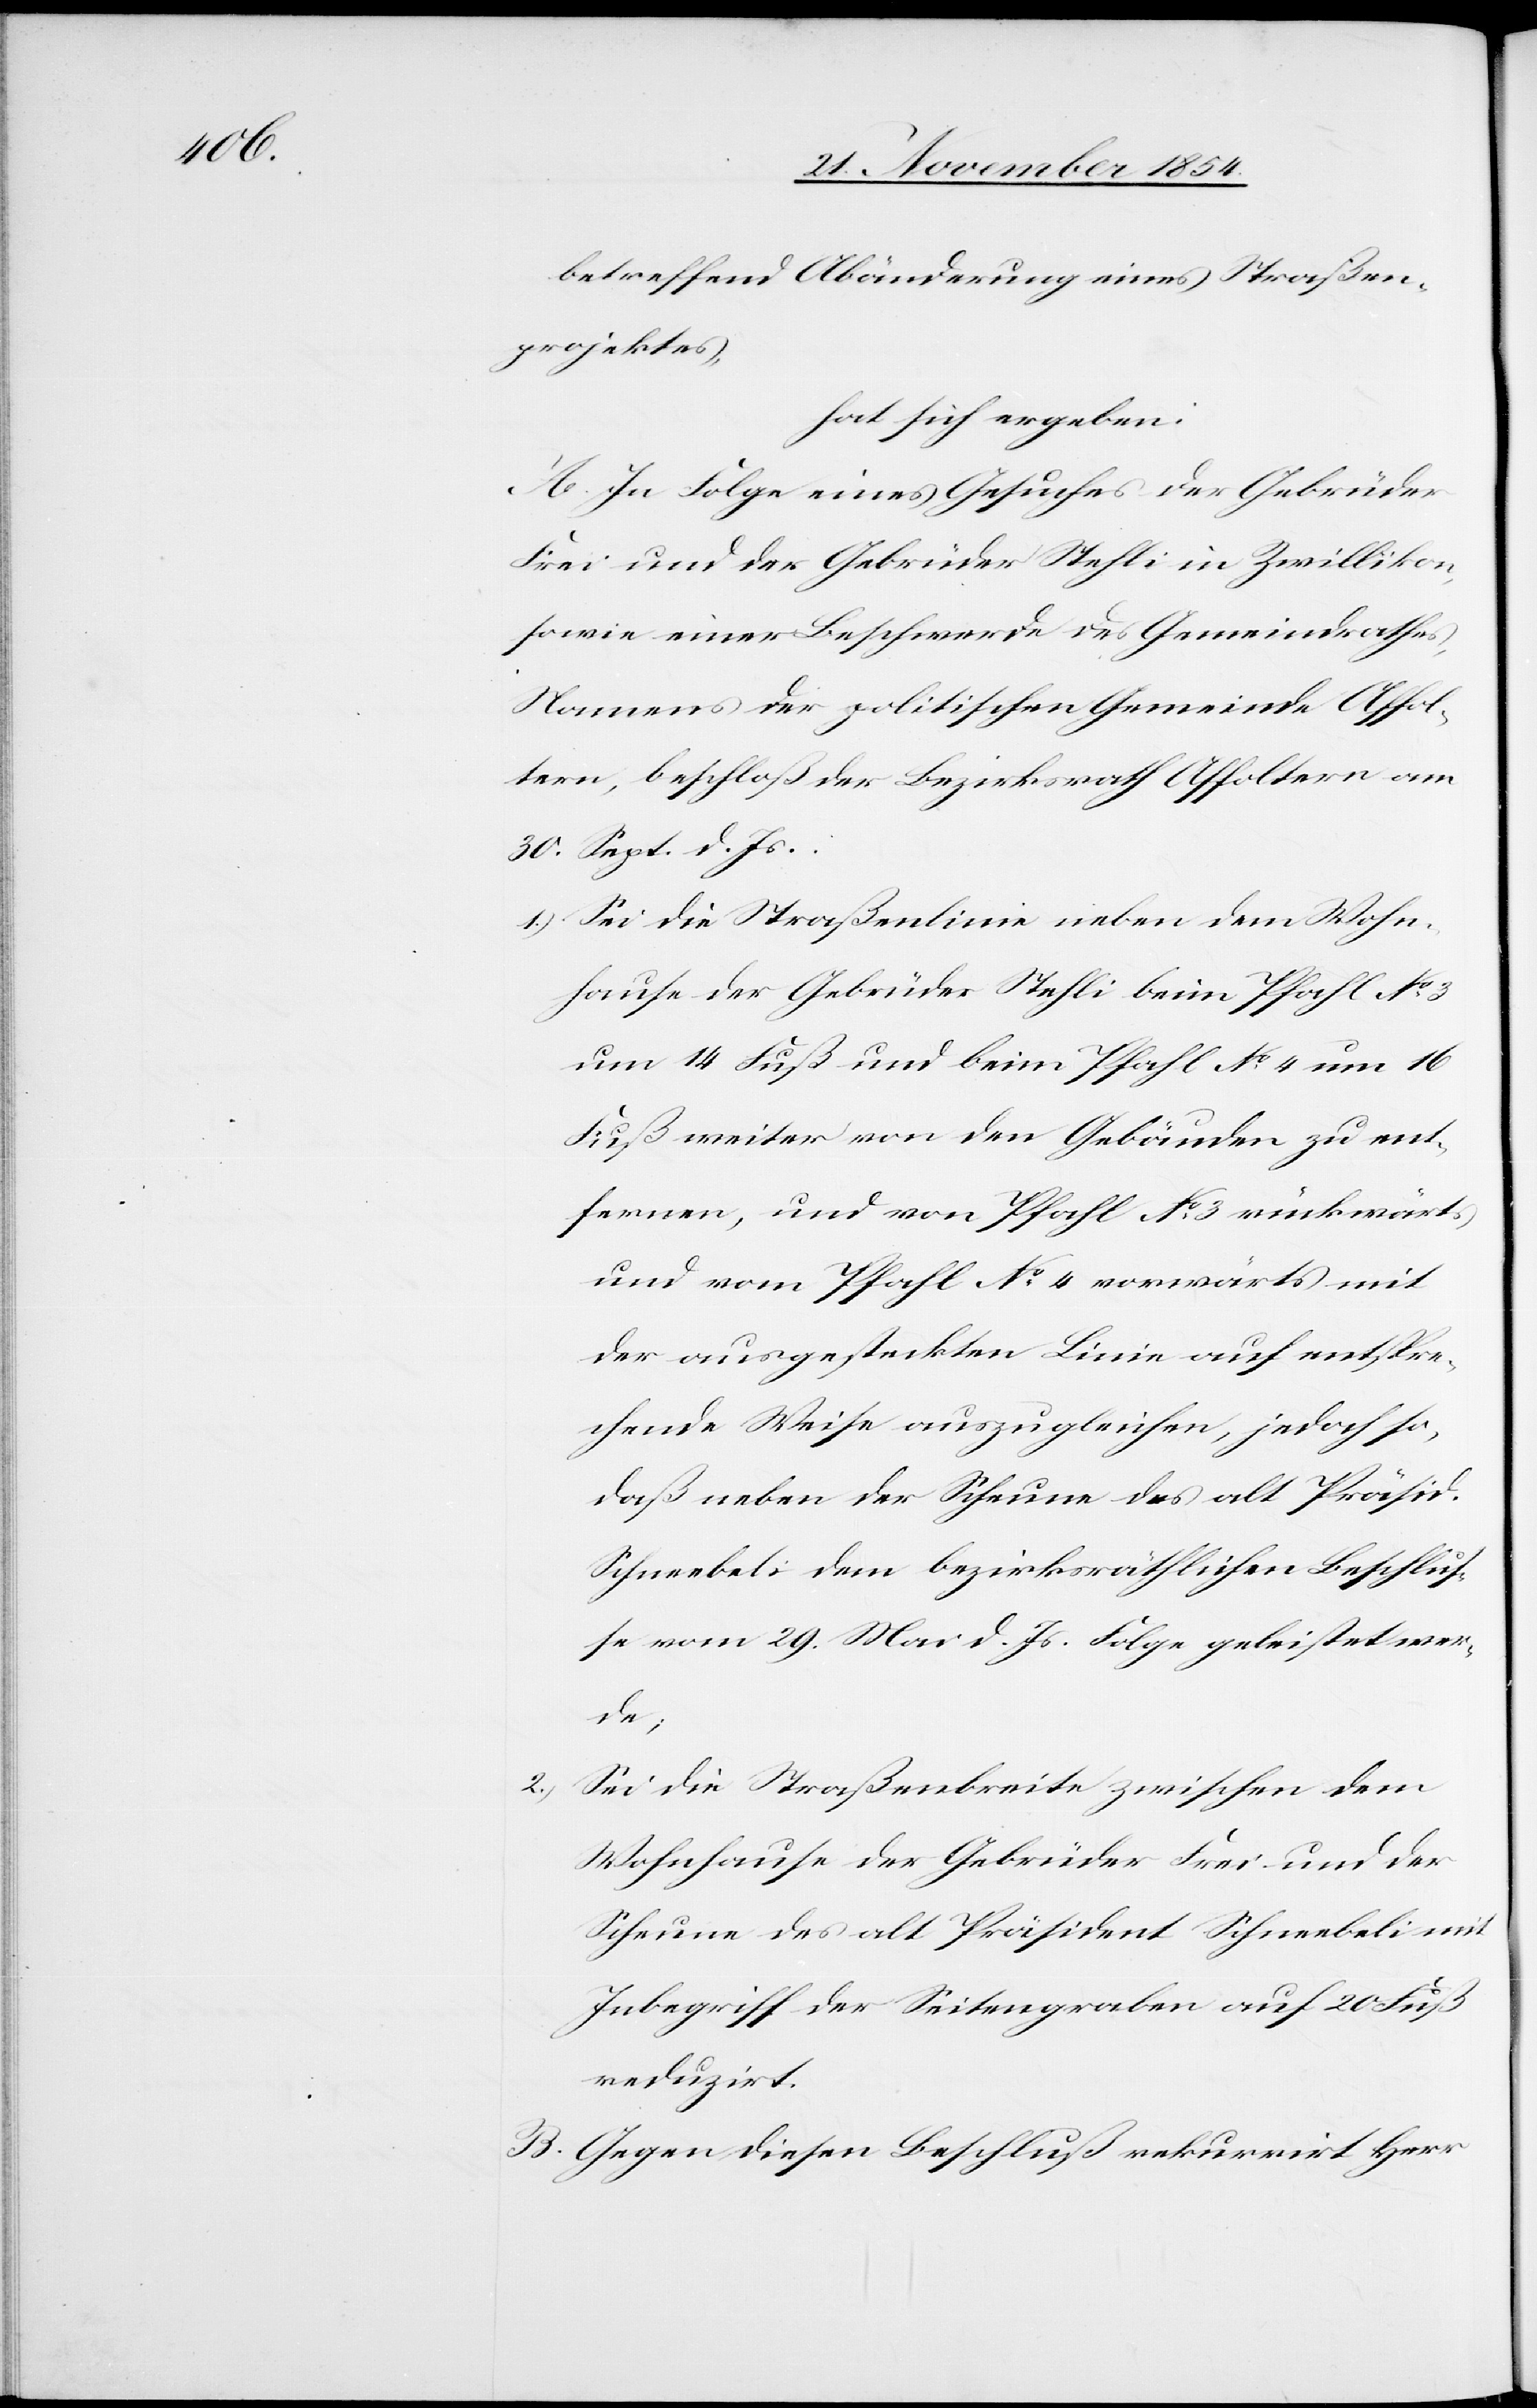
betreffend Abänderung eines Straßen¬
projektes,
hat sich ergeben:
A. In Folge eines Gesuches der Gebrüder
Frei und der Gebrüder Stehli in Zwillikon,
sowie einer Beschwerde des Gemeindrathes,
Namens der politischen Gemeinde Affol¬
tern, beschloß der Bezirksrath Affoltern am
30. Sept. d. Js.:
1.) Sei die Straßenlinie neben dem Wohn¬
hause der Gebrüder Stehli beim Pfahl No 3
um 14 Fuß und beim Pfahl No 4 um 16
Fuß weiter von den Gebäuden zu ent¬
fernen, und von Pfahl No 3 rückwärts
und vom Pfahl No 4 vorwärts mit
der ausgesteckten Linie auf entspre¬
chende Weise auszugleichen, jedoch so,
daß neben der Scheune des alt Präsid.
Schneebeli dem bezirksräthlichen Beschluß¬
e vom 29. Mai d. Js. Folge geleistet wer¬
de;
2.)
Sei die Straßenbreite zwischen dem
Wohnhause der Gebrüder Frei und der
Scheune des alt Präsident Schneebeli mit
Inbegriff der Seitengraben auf 20 Fuß
reduzirt.
B. Gegen diesen Beschluß rekurrirt Herr